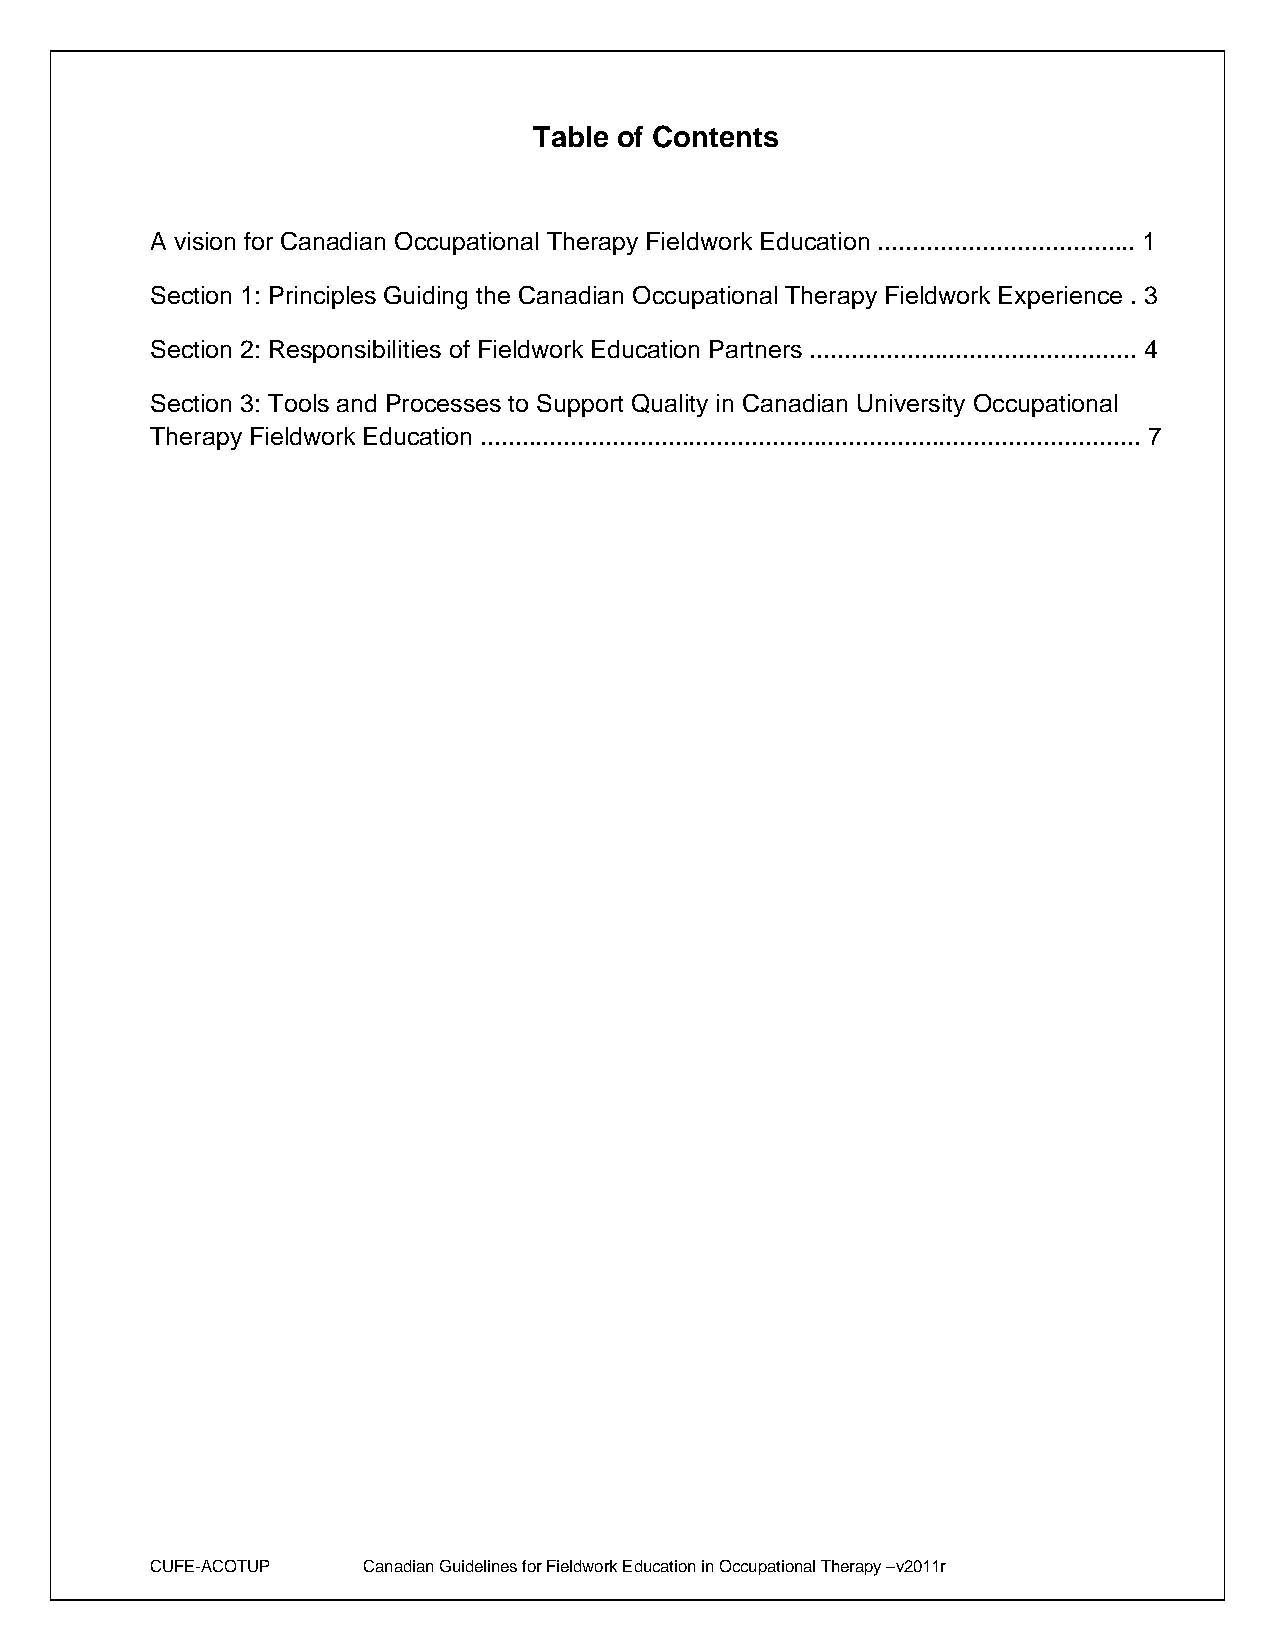
Table of Contents
 A vision for Canadian Occupational Therapy Fieldwork Education ..................................... 1
 Section 1: Principles Guiding the Canadian Occupational Therapy Fieldwork Experience . 3
 Section 2: Responsibilities of Fieldwork Education Partners ............................................... 4
 Section 3: Tools and Processes to Support Quality in Canadian University Occupational
 Therapy Fieldwork Education ............................................................................................... 7
 CUFE-ACOTUP   Canadian Guidelines for Fieldwork Education in Occupational Therapy –v2011r